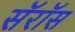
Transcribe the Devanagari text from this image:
सॅरॉस